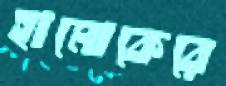
হামোকেরে